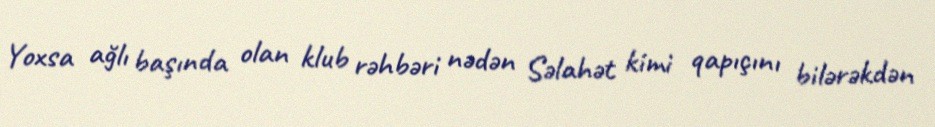
Yoxsa ağlı başında olan klub rəhbəri nədən Səlahət kimi qapıçını bilərəkdən